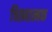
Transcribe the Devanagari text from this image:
चिह्नात्मक